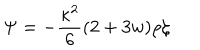
LaTeX: \Psi = - \frac { \kappa ^ { 2 } } { 6 } ( 2 + 3 w ) \rho \zeta